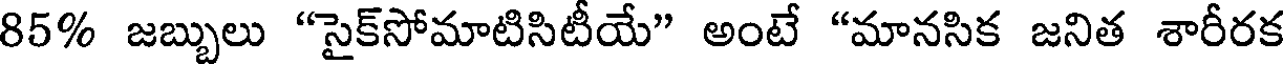
85% జబ్బులు "సైక్సోమాటిసిటీయే" అంటే "మానసిక జనిత శారీరక